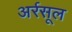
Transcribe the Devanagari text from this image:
अर्रसूल